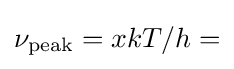
\nu _{\mathrm {peak} }=xkT/h=